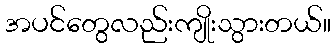
အပင်တွေလည်းကျိုးသွားတယ်။